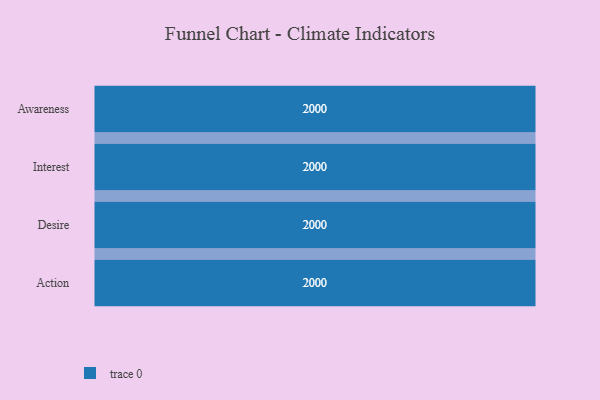
{"axis": {"x": "Stage", "y": "Value"}, "legend": [""], "data": [{"x": "Awareness", "y": 2000, "type": ""}, {"x": "Interest", "y": 2000, "type": ""}, {"x": "Desire", "y": 2000, "type": ""}, {"x": "Action", "y": 2000, "type": ""}]}